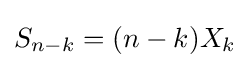
S_{n-k}=(n-k)X_{k}